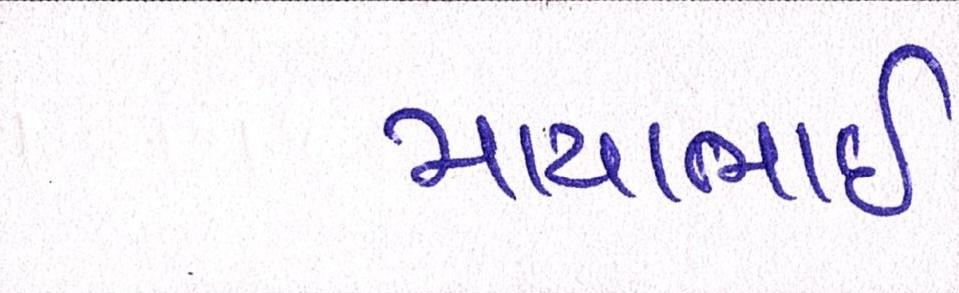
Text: માયાભાઇ